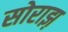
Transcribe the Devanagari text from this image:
सोराझ़